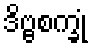
ဒိဗ္ဗစက္ခုံ